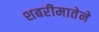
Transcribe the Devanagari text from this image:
शबरीमातेने